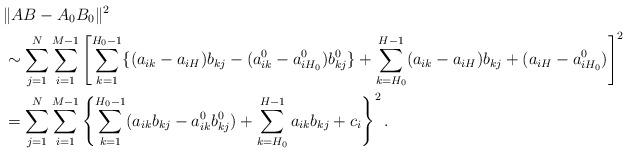
LaTeX: \begin{align*}&\| AB-A_0B_0\|^2 \\&\sim \sum_{j=1}^N \sum_{i=1}^{M-1} \left[ \sum_{k=1}^{H_0-1} \{(a_{ik}-a_{iH})b_{kj}- (a^0_{ik}-a^0_{iH_0})b^0_{kj}\} + \sum_{k=H_0}^{H-1} (a_{ik}-a_{iH})b_{kj}+ (a_{iH}-a^0_{iH_0}) \right]^2 \\&= \sum_{j=1}^N \sum_{i=1}^{M-1} \left\{ \sum_{k=1}^{H_0-1} (a_{ik}b_{kj}- a^0_{ik}b^0_{kj}) + \sum_{k=H_0}^{H-1} a_{ik}b_{kj}+ c_i \right\}^2.\end{align*}